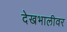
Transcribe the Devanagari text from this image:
देखभालीवर